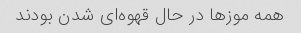
همه موزها در حال قهوه‌ای شدن بودند